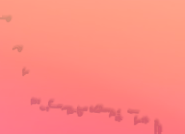
صيدلية الأطفال تقدم منتجا